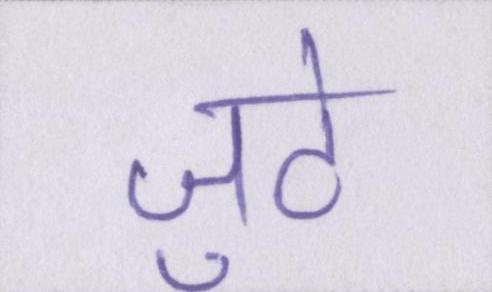
जुटे